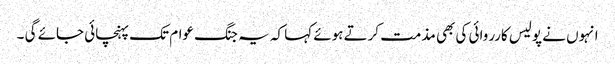
انہوں نے پولیس کارروائی کی بھی مذمت کرتے ہوئے کہا کہ یہ جنگ عوام تک پہنچائی جائے گی ۔